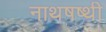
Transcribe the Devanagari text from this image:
नाथषष्थी